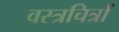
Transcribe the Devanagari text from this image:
वस्त्रचित्रों